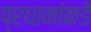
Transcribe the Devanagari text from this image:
प्रधानांकडे